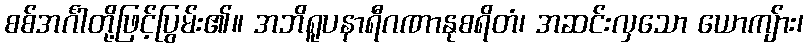
စစ်အင်္ဂါတို့ဖြင့်ပြွမ်း၏။ အဘိရူပနာရီဂဏာနုစရိတံ၊ အဆင်းလှသော ယောကျ်ား၊